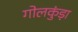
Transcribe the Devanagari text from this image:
गोलकुंड़ा